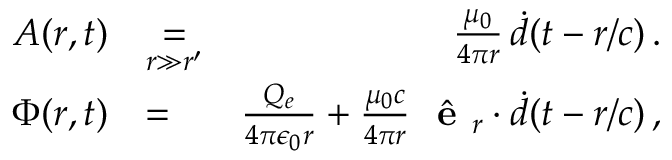
\begin{array} { r l r } { \boldsymbol { A } ( \boldsymbol { r } , t ) } & { \underset { r \gg r ^ { \prime } } { = } } & { \frac { \mu _ { 0 } } { 4 \pi r } \, \boldsymbol { \dot { d } } ( t - r / c ) \, . } \\ { \Phi ( \boldsymbol { r } , t ) } & { = } & { \frac { Q _ { e } } { 4 \pi \epsilon _ { 0 } r } + \frac { \mu _ { 0 } c } { 4 \pi r } \, \, \hat { \mathrm { \textbf { e } } } _ { r } \cdot \boldsymbol { \dot { d } } ( t - r / c ) \, , } \end{array}